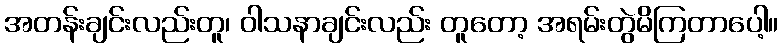
အတန်းချင်းလည်းတူ၊ ဝါသနာချင်းလည်း တူတော့ အရမ်းတွဲမိကြတာပေါ့။